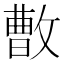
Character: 𪯓